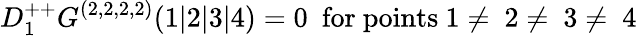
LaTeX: D_{1}^{++}G^{(2,2,2,2)}(1\vert 2\vert 3\vert 4)=0\ \ \mathrm{for~points~1\neq~2\neq~3\neq~4~}